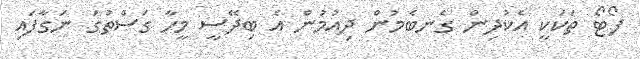
ފޯޓޯ ތަކަކީ އެކުދިން ގެނބެމުން ދިއުމުން އެ ބިދޭސީ މީހާ ގަސްތުގަ ނަގާފައި